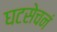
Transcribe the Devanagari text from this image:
घटसेचनं